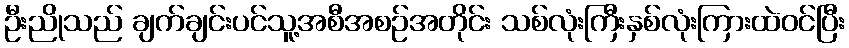
ဦးညိုသည် ချက်ချင်းပင်သူ့အစီအစဉ်အတိုင်း သစ်လုံးကြီးနှစ်လုံးကြားထဲဝင်ပြီး